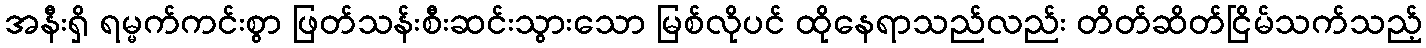
အနီးရှိ ရမ္မက်ကင်းစွာ ဖြတ်သန်းစီးဆင်းသွားသော မြစ်လိုပင် ထိုနေရာသည်လည်း တိတ်ဆိတ်ငြိမ်သက်သည့်